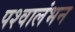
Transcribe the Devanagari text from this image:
पश्वालंभन